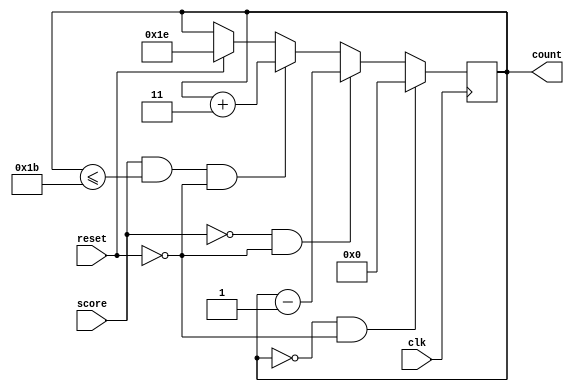
`timescale 1ns / 1ps
//////////////////////////////////////////////////////////////////////////////////
// Company: 
// Engineer: 
// 
// Design Name: 
// Module Name: timer
// Project Name: 
// Target Devices: 
// Tool Versions: 
// Description: 
// 
// Dependencies: 
// 
// Revision:
// Revision 0.01 - File Created
// Additional Comments:
// 
//////////////////////////////////////////////////////////////////////////////////

module timer(reset, clk, score, count);
input reset;
  input clk;
  input score;
  output [4:0] count;
  
  //reg out;
  reg [4:0] count;
  
  initial
    count=30;
  
  always @(posedge clk)
    begin 
      if (score == 0 && reset == 0)
        begin
          
        count <= count - 1;
        
        end
      
      else if (score == 1 && count <= 27 && reset == 0)
        
        begin
          
          count <= count + 3;
         
        end
        
       else if (reset == 1 )
       
       begin
       count <= 30;
       end
       
      if (count == 0 && reset == 0)
      begin
       count <= 0;
       end 
      
    end
  
endmodule